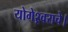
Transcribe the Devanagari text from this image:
योगेश्र्वराचे।